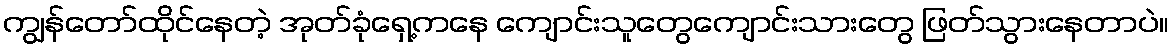
ကျွန်တော်ထိုင်နေတဲ့ အုတ်ခုံရှေ့ကနေ ကျောင်းသူတွေကျောင်းသားတွေ ဖြတ်သွားနေတာပဲ။